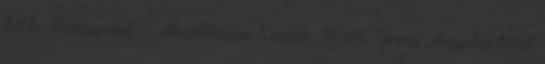
köt. Budapest : Akadémiai Kiadó, 1966. Gross Arnold lásd